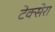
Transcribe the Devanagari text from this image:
टेक्सेरा